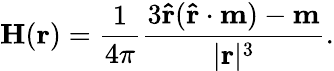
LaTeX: \mathbf{H}(\mathbf{r})={\frac{1}{4\pi}}{\frac{3\mathbf{\hat{r}}(\mathbf{\hat{r}}\cdot\mathbf{m})-\mathbf{m}}{|\mathbf{r}|^{3}}}.